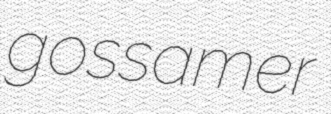
gossamer